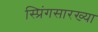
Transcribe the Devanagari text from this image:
स्प्रिंगसारख्या